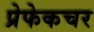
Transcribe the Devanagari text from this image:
प्रेफेकचर